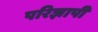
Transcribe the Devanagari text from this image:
परिज्ञापी